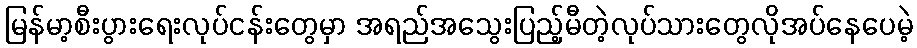
မြန်မာ့စီးပွားရေးလုပ်ငန်းတွေမှာ အရည်အသွေးပြည့်မီတဲ့လုပ်သားတွေလိုအပ်နေပေမဲ့